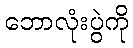
ဘောလုံးပွဲကို